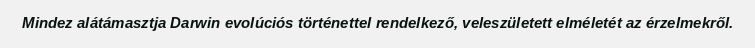
Mindez alátámasztja Darwin evolúciós történettel rendelkező, veleszületett elméletét az érzelmekről.